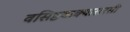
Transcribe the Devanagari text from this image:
वसिष्ठवाक्यासरसी